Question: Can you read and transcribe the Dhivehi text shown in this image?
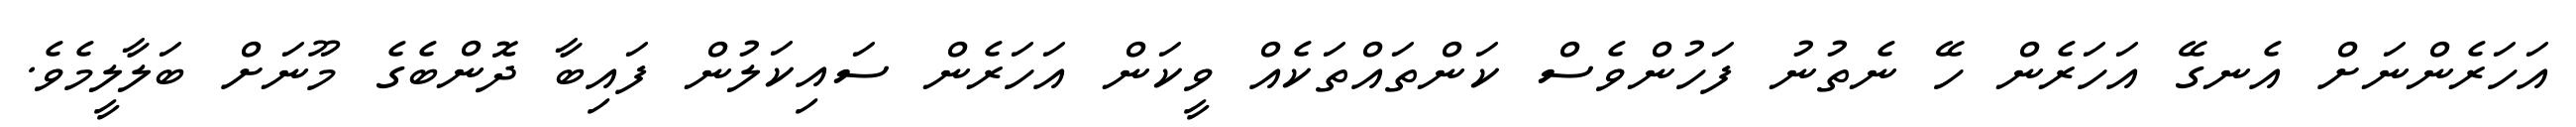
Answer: އަހަރެންނަށް އެނގޭ އަހަރެން ހޭ ނެތުނު ފަހުންވެސް ކަންތައްތަކެއް ވީކަން އަހަރެން ސައިކަލުން ފައިބާ ދޮންބެގެ މޫނަށް ބަލާލީމެވެ.